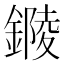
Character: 𨫭